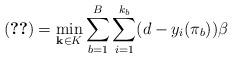
LaTeX: \begin{align*}\eqref{eq:low_b_plus}= \min_{\mathbf{k}\in K} \sum_{b=1}^{B} \sum_{i=1}^{k_b}(d-y_i(\pi_b))\beta\end{align*}